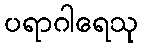
ပရာဂါရေသု